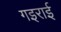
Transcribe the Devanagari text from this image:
गइराई